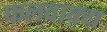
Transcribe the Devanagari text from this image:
फलवाक्य